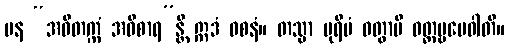
ပန “အဝိတက္ကံ အဝိစာရ”န္တိ ဣဒံ ဝစနံ။ တသ္မာ ပုရိမံ ဝတွာပိ ဝတ္တဗ္ဗမေဝါတိ။